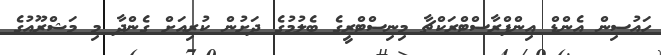
ހައުސިން އެންޑް އިންފްރާސްޓްރަކްޗާ މިނިސްޓްރީގެ ބެލުމުގެ ދަށުން ކުރިއަށް ގެންދާ މި މަޝްރޫއުގެ